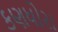
કણધોરા